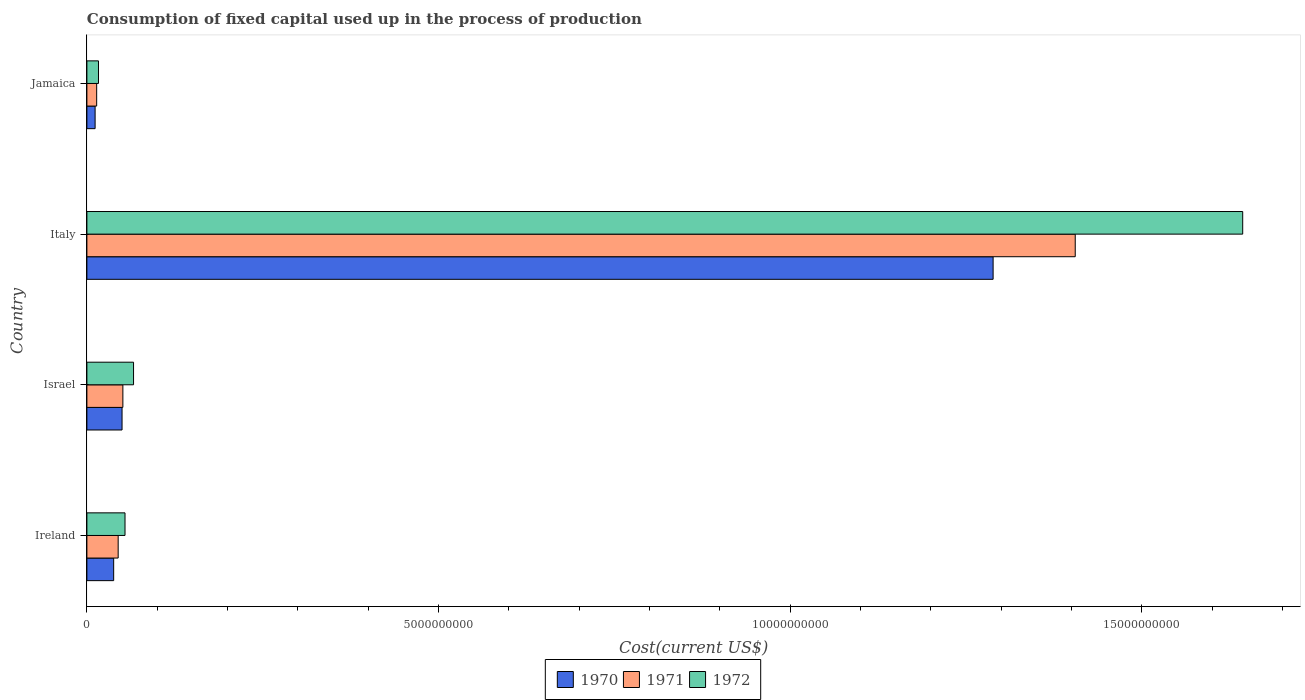
| Country | 1970 | 1971 | 1972 |
 | --- | --- | --- | --- |
 | Ireland | 3.81e+08 | 4.45e+08 | 5.42e+08 |
 | Israel | 5e+08 | 5.12e+08 | 6.63e+08 |
 | Italy | 1.29e+10 | 1.41e+10 | 1.64e+10 |
 | Jamaica | 1.17e+08 | 1.39e+08 | 1.65e+08 |